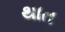
થાત